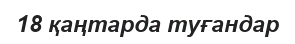
18 қаңтарда туғандар